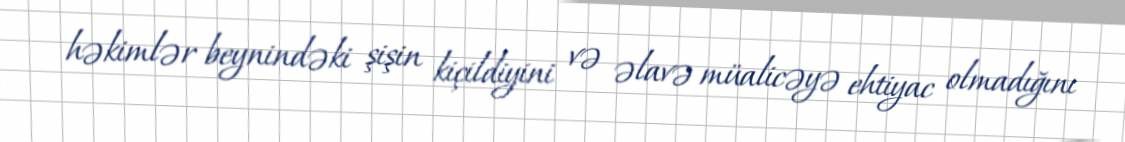
həkimlər beynindəki şişin kiçildiyini və əlavə müalicəyə ehtiyac olmadığını